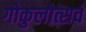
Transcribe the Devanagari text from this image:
गोकुलोत्सव